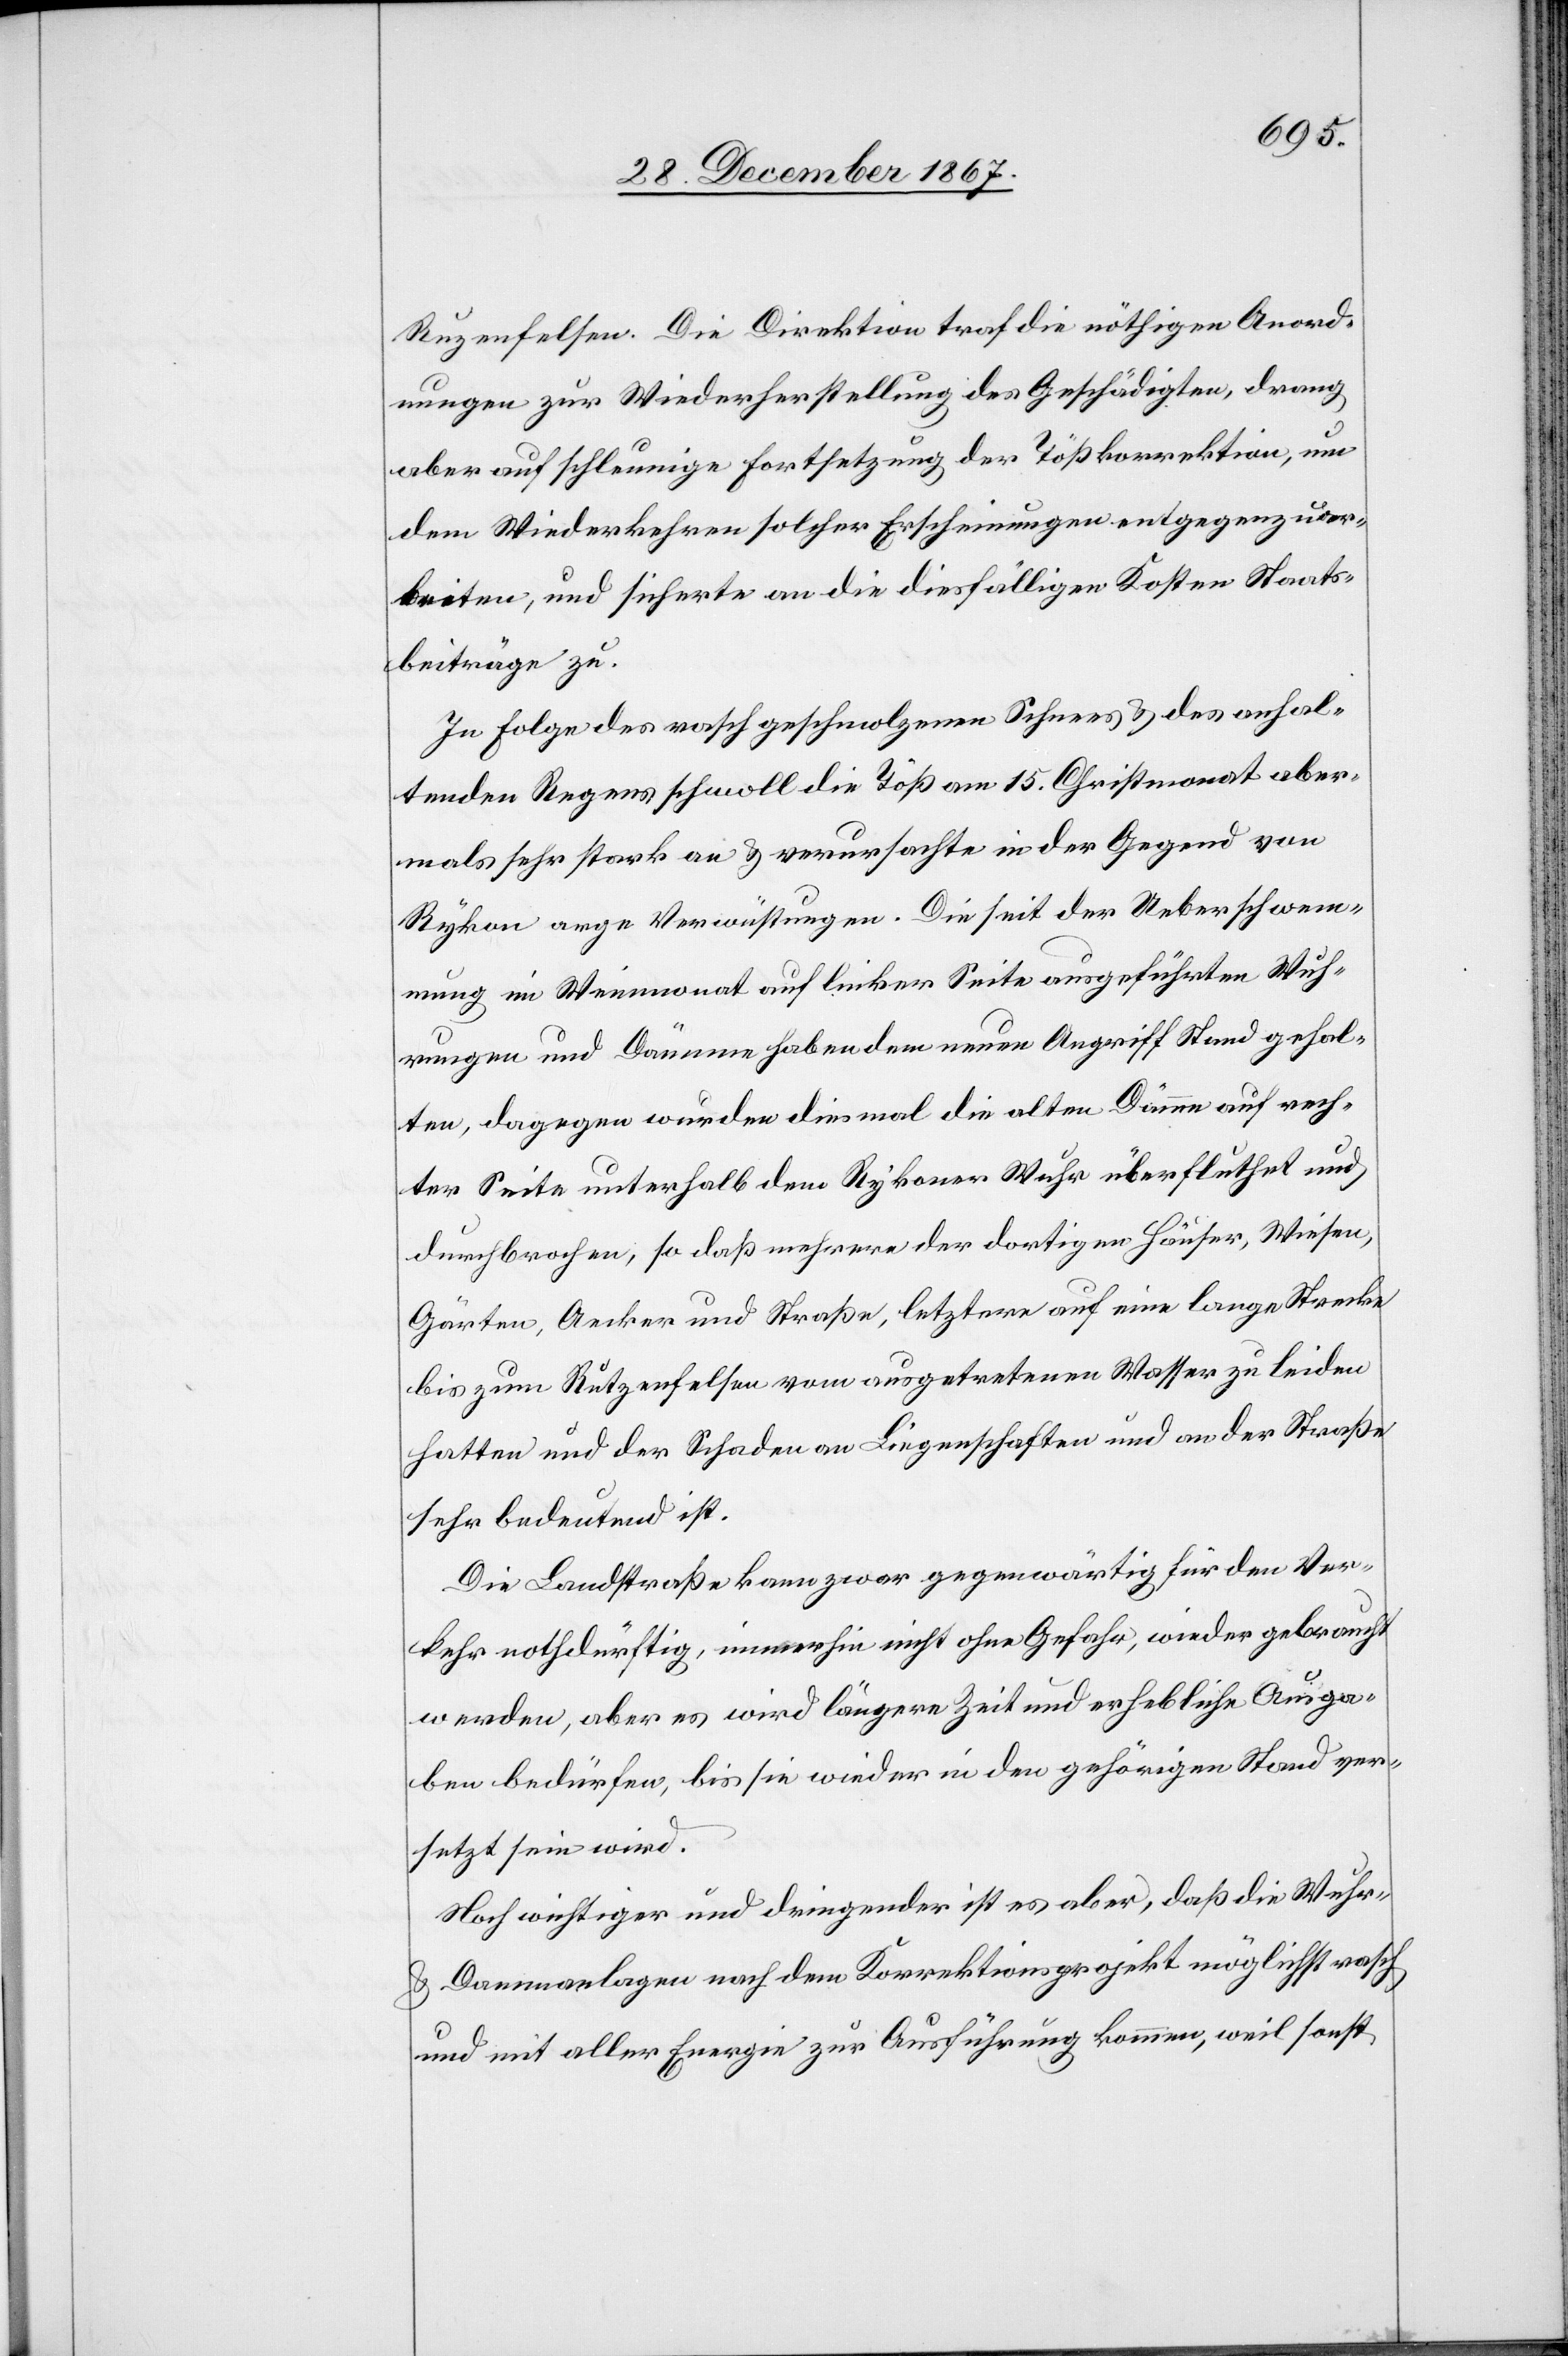
Ruzenfelsen. Die Direktion traf die nöthigen Anord¬
nungen zur Wiederherstellung des Geschädigten, drang
aber auf schleunige Fortsetzung der Tößkorrektion, um
dem Wiederkehren solcher Erscheinungen entgegenzuar¬
beiten, und sicherte an die diesfälligen Kosten Staats¬
beiträge zu.
In Folge des rasch geschmolzenen Schnees u. des anhal¬
tenden Regens schwoll die Töß am 15. Christmonat aber¬
mals sehr stark an u. verursachte in der Gegend von
Rykon arge Verwüstungen. Die seit der Ueberschwem¬
mung im Weinmonat auf linker Seite ausgeführten Wuh¬
rungen und Dämme haben dem neuen Angriff Stand gehal¬
ten, dagegen wurden diesmal die alten Dämme auf rech¬
ter Seite unterhalb dem Rykoner Wuhr überflutet und
durchbrochen, so daß mehrere der dortigen Häuser, Wiesen,
Gärten, Aecker und Straße, letztere auf eine lange Strecke
bis zum Rutzenfelsen vom ausgetretenen Wasser zu leiden
hatten und der Schaden an Liegenschaften und an der Straße
sehr bedeutend ist.
Die Landstraße kann zwar gegenwärtig für den Ver¬
kehr notdürftig, immerhin nicht ohne Gefahr, wieder gebraucht
werden, aber es wird längere Zeit und erhebliche Ausga¬
ben bedürfen, bis sie wieder in den gehörigen Stand ver¬
setzt sein wird.
Noch wichtiger und dringender ist es aber, daß die Wuhr-
u. Dammanlagen nach dem Korrektionsprojekt möglichst rasch
und mit aller Energie zur Ausführung kommen, weil sonst